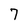
Character: 7